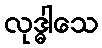
လုဒ္ဓါသေ